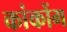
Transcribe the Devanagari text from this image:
कांकोंग